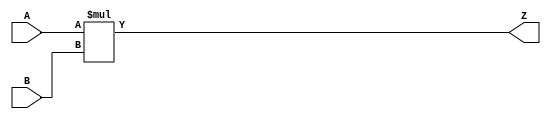
module mult_10x9 (
    input  wire [ 9:0] A,
    input  wire [ 8:0] B,
    output wire [18:0] Z
);
    assign Z = A * B;
endmodule